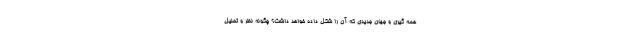
همه گیری و جهان جدیدی که آن را شکل داده خواهد داشت؟ چگونه نظر و تحلیل